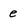
Character: e